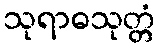
သုရာဓသုတ္တံ